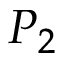
P _ { 2 }